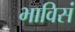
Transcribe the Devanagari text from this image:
भाविसं